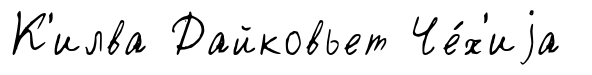
К'илва Дайковьет Че́х'иjа